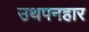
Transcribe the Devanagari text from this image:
उथपनहार